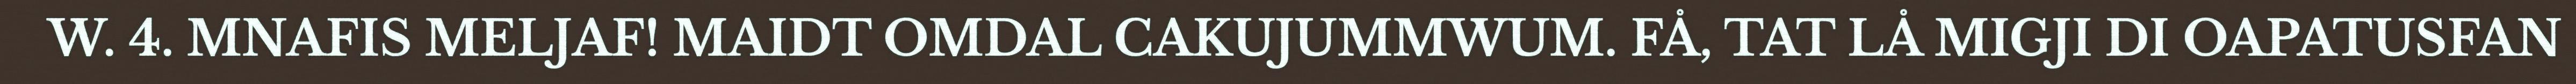
W. 4. MNAFIS MELJAF! MAIDT OMDAL CAKUJUMMWUM. FÅ, TAT LÅ MIGJI DI OAPATUSFAN